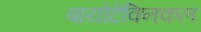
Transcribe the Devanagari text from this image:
बायोटेक्निकल